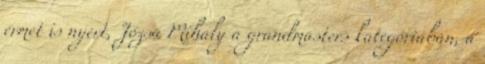
érmet is nyert, Józsa Mihály a grandmasters kategóriában, a